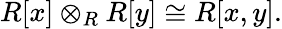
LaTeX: R[x]\otimes_{R}R[y]\cong R[x,y].